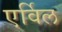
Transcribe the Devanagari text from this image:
एर्विल